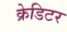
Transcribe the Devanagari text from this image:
क्रेडिटर